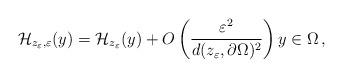
LaTeX: \begin{align*}\mathcal{H}_{z_\varepsilon,\varepsilon}(y)=\mathcal{H}_{z_\varepsilon}(y)+O\left(\frac{\varepsilon^2}{d(z_\varepsilon,\partial\Omega)^2} \right)y\in\Omega\,,\end{align*}